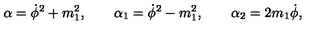
\alpha = \dot { \phi } ^ { 2 } + m _ { 1 } ^ { 2 } , \qquad \alpha _ { 1 } = \dot { \phi } ^ { 2 } - m _ { 1 } ^ { 2 } , \qquad \alpha _ { 2 } = 2 m _ { 1 } \dot { \phi } ,